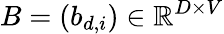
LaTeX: B=(b_{d,i})\in\mathbb{R}^{D\times V}